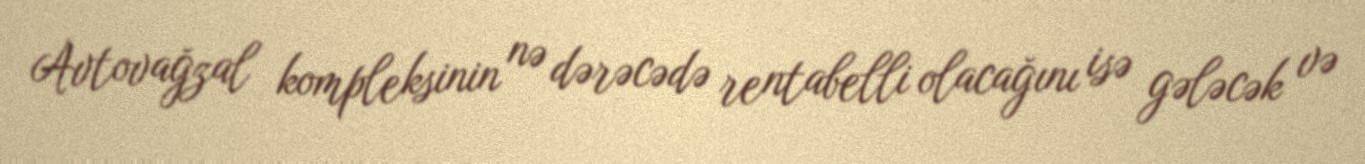
Avtovağzal kompleksinin nə dərəcədə rentabelli olacağını isə gələcək və